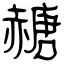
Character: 赯